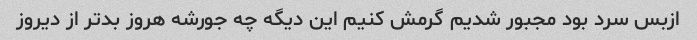
ازبس سرد بود مجبور شدیم گرمش کنیم این دیگه چه جورشه هروز بدتر از دیروز